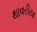
થાવરીયા